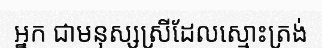
អ្នក ជាមនុស្សស្រីដែលស្មោះត្រង់